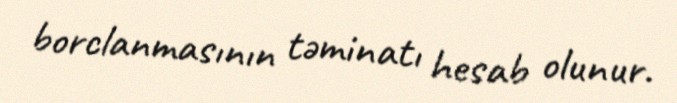
borclanmasının təminatı hesab olunur.